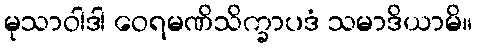
မုသာဝါဒါ ဝေရမဏိသိက္ခာပဒံ သမာဒိယာမိ။